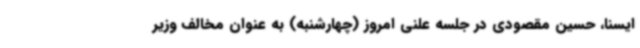
ایسنا، حسین مقصودی در جلسه علنی امروز (چهارشنبه) به عنوان مخالف وزیر